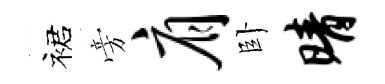
裙旁肩卧晴